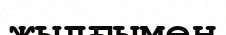
жылғымен